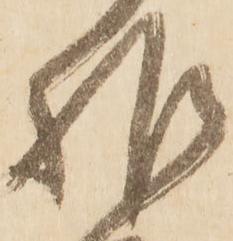
推